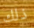
ذلك